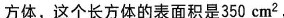
方体，这个长方体的表面积是350 cm^{2}，